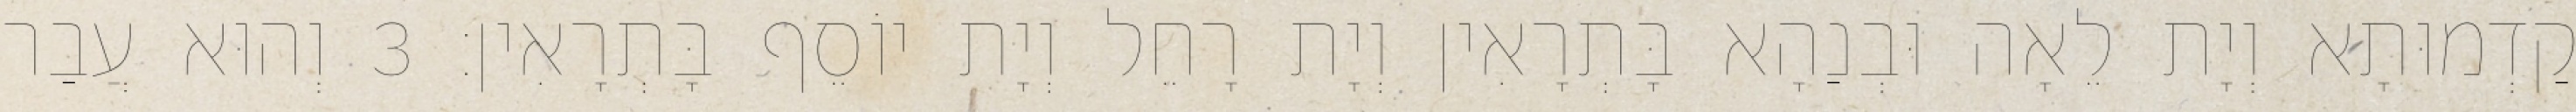
קַדְמוּתָא וְיָת לֵאָה וּבְנַהָא בָּתְרָאִין וְיָת רָחֵל וְיָת יוֹסֵף בָּתְרָאִין׃ 3 וְהוּא עֲבַר